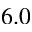
6 . 0